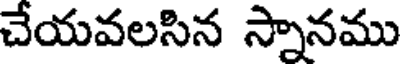
చేయవలసిన స్నానము